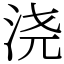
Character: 浇